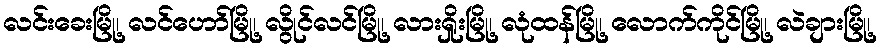
လင်းခေးမြို့၊ လင်ဟော်မြို့၊ လွိုင်လင်မြို့၊ လားရှိုးမြို့၊ လုံထန်မြို့၊ လောက်ကိုင်မြို့၊ လဲချားမြို့၊